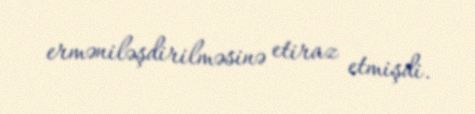
erməniləşdirilməsinə etiraz etmişdi.